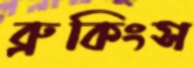
ব্রুকিংস